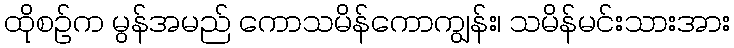
ထိုစဉ်က မွန်အမည် ကောသမိန်ကောကျွန်း၊ သမိန်မင်းသားအား